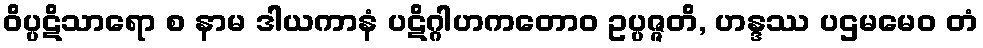
ဝိပ္ပဋိသာရော စ နာမ ဒါယကာနံ ပဋိဂ္ဂါဟကတောဝ ဥပ္ပဇ္ဇတိ, ဟန္ဒဿ ပဌမမေဝ တံ